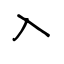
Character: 入